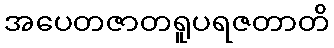
အပေတဇာတရူပရဇတာတိ